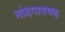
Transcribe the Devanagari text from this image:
नांदगावसह